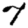
Digit: 7